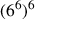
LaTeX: ( 6 ^ { 6 } ) ^ { 6 }